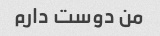
من دوست دارم